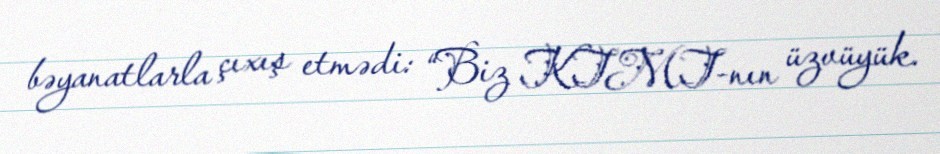
bəyanatlarla çıxış etmədi: “Biz KTMT-nın üzvüyük.